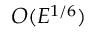
O ( E ^ { 1 / 6 } )